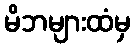
မိဘများထံမှ